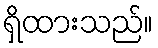
ရှိထားသည်။